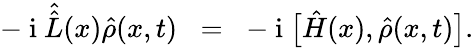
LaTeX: -{\mathrm{~i~}}{\hat{\hat{L}}}(x)\hat{\rho}(x,t)\; \; =\; \; -{\mathrm{~i~}}\big[\hat{H}(x),\hat{\rho}(x,t)\big].